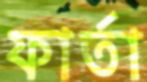
ফার্তা